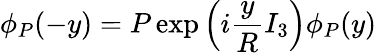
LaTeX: \phi_{P}(-y)=P\exp\left(i\frac{y}{R}I_{3}\right)\phi_{P}(y)